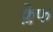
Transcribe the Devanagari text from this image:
क्लेफ